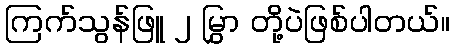
ကြက်သွန်ဖြူ ၂ မြွှာ တို့ပဲဖြစ်ပါတယ်။